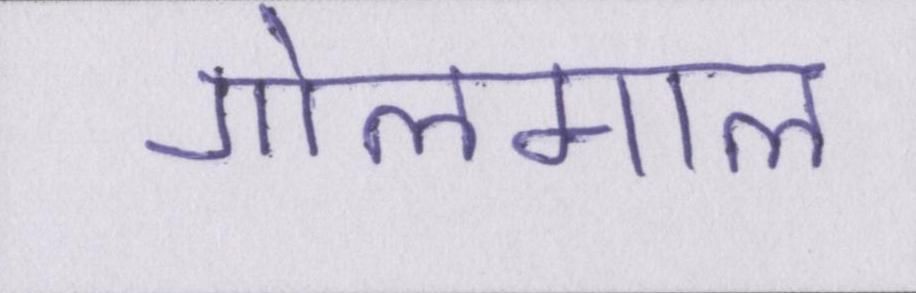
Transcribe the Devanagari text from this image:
गोलमाल